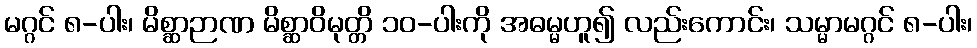
မဂ္ဂင် ၈-ပါး၊ မိစ္ဆာဉာဏ မိစ္ဆာဝိမုတ္တိ ၁၀-ပါးကို အဓမ္မဟူ၍ လည်းကောင်း၊ သမ္မာမဂ္ဂင် ၈-ပါး၊